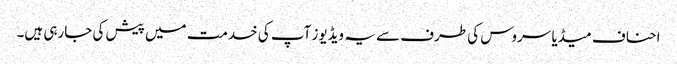
احناف میڈیا سروس کی طرف سے یہ ویڈیوز آپ کی خدمت میں پیش کی جارہی ہیں۔